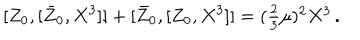
LaTeX: { } [ Z _ { 0 } , [ \bar { Z } _ { 0 } , X ^ { 3 } ] ] + [ \bar { Z } _ { 0 } , [ Z _ { 0 } , X ^ { 3 } ] ] = ( \textstyle { \frac { 2 } { 3 } } \mu ) ^ { 2 } X ^ { 3 } \, .